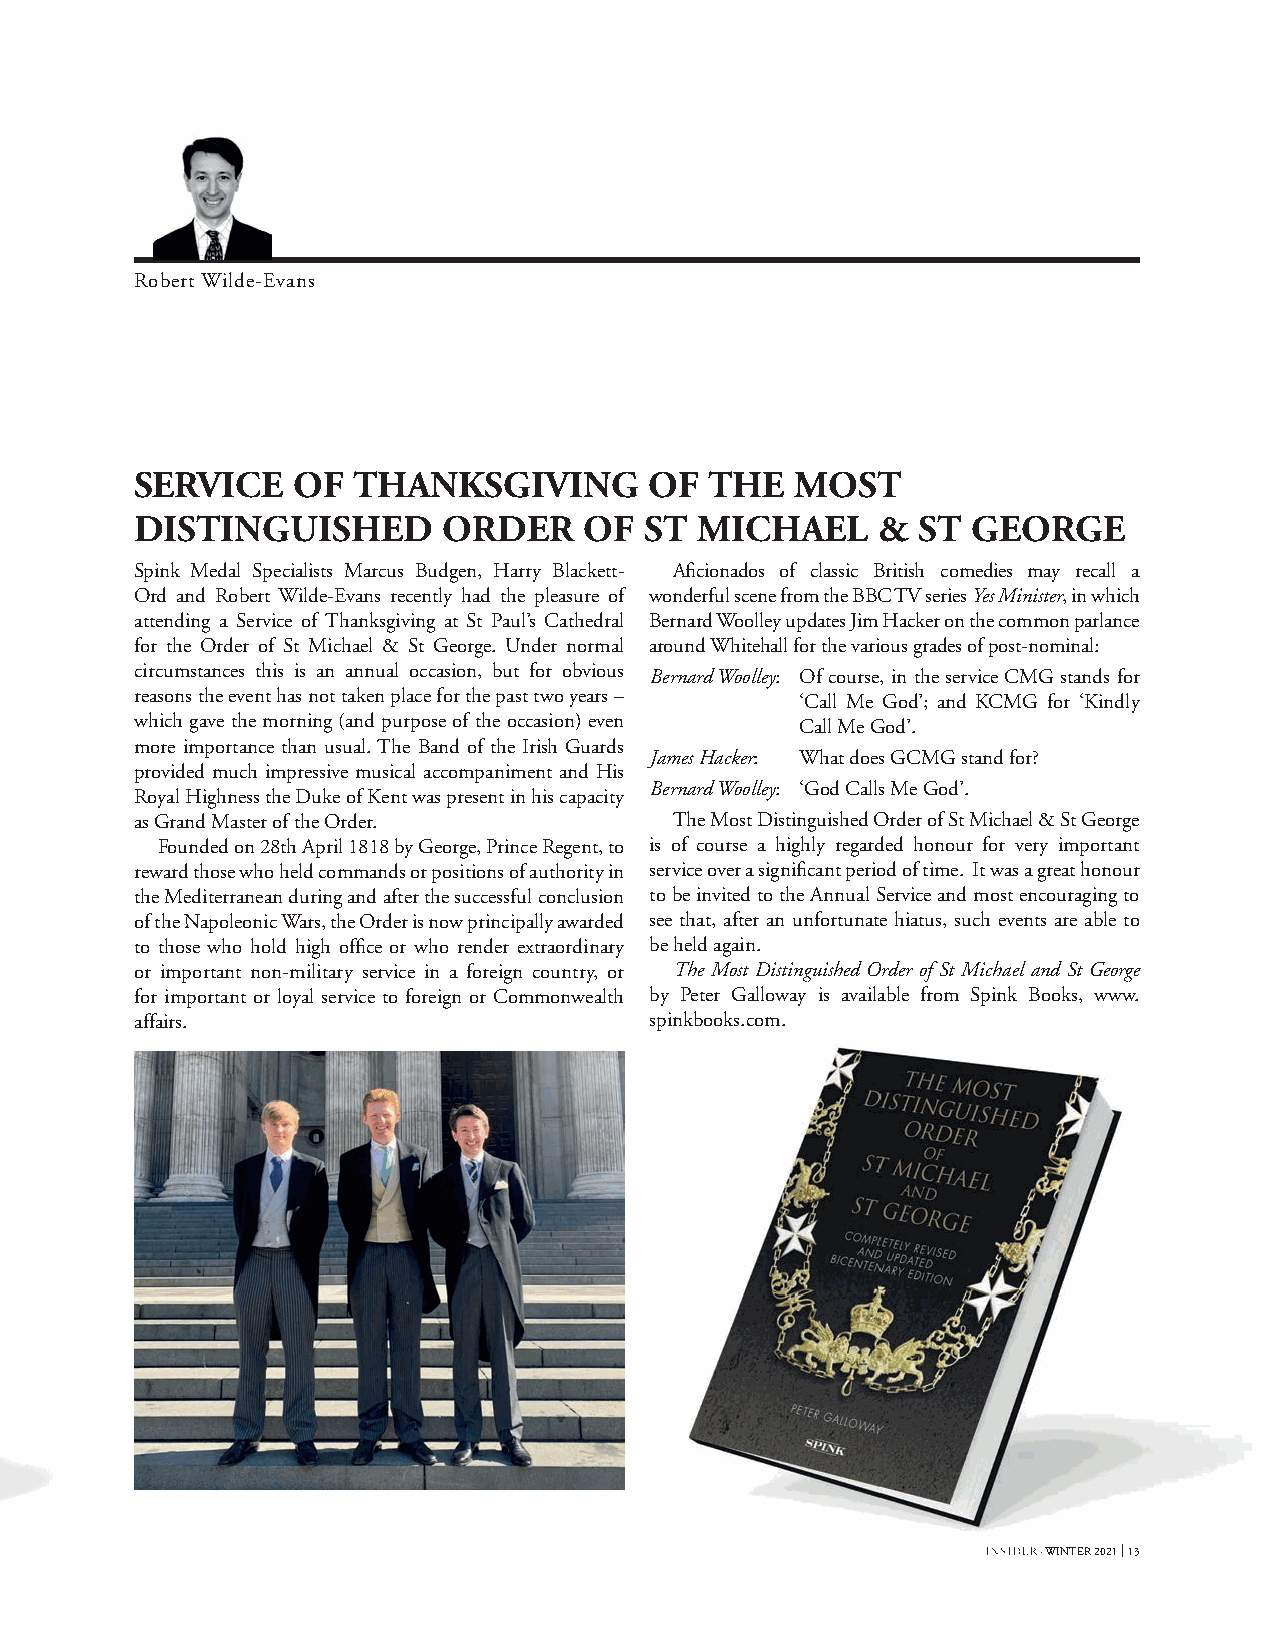
Robert Wilde-Evans
 SERVICE   OF  THANKSGIVING        OF  THE   MOST
 DISTINGUISHED       ORDER     OF  ST MICHAEL     &  ST GEORGE
 Spink Medal Specialists Marcus Budgen, Harry Blackett- Aficionados of classic British comedies may recall a
 Ord and Robert Wilde-Evans recently had the pleasure of wonderful scene from the BBC TV series Yes Minister, in which
 attending a Service of Thanksgiving at St Paul’s Cathedral Bernard Woolley updates Jim Hacker on the common parlance
 for the Order of St Michael & St George. Under normal around Whitehall for the various grades of post-nominal:
 circumstances this is an annual occasion, but for obvious Bernard Woolley: Of course, in the service CMG stands for
 reasons the event has not taken place for the past two years – ‘Call Me God’; and KCMG for ‘Kindly
 which gave the morning (and purpose of the occasion) even Call Me God’.
 more importance than usual. The Band of the Irish Guards
 James Hacker: What does GCMG stand for?
 provided much impressive musical accompaniment and His
 Bernard Woolley: ‘God Calls Me God’.
 Royal Highness the Duke of Kent was present in his capacity
 as Grand Master of the Order.      The Most Distinguished Order of St Michael & St George
 Founded on 28th April 1818 by George, Prince Regent, to is of course a highly regarded honour for very important
 reward those who held commands or positions of authority in service over a significant period of time. It was a great honour
 the Mediterranean during and after the successful conclusion to be invited to the Annual Service and most encouraging to
 of the Napoleonic Wars, the Order is now principally awarded see that, after an unfortunate hiatus, such events are able to
 to those who hold high office or who render extraordinary be held again.
 or important non-military service in a foreign country, or The Most Distinguished Order of St Michael and St George
 for important or loyal service to foreign or Commonwealth by Peter Galloway is available from Spink Books, www.
 affairs.                          spinkbooks.com.
 · WINTER 2021 13